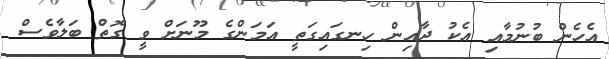
އެހެން ބުނުމާއި އެކު ދާއިން ހިނގައިގަތީ އަމަންގެ މޫނަށް ވީ ގޮތް ބަލާވެސް